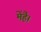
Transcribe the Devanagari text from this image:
मेंहै।